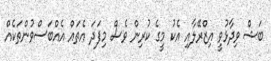
ބަޝް ވިދާޅުވީ އިޒްރޭލާއި އެކު މީގެ ކުރިން ވެސް މިފަދަ އެތައް އެއްބަސްވުންތަކެއް